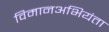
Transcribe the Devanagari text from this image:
विमानअभियंता